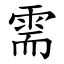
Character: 需